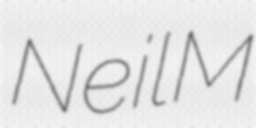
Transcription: Neil M